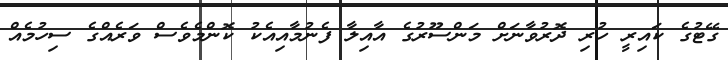
ގޭޓުގެ ކައިރީ ހުރި ދޮރުވާނަށް މަންސޫރުގެ އާއިލާ ފެނުމާއިއެކު ކޮންމެވެސް ވަރެއްގެ ސިހުމެއް